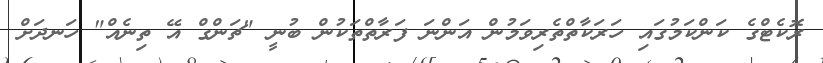
ރޮކެޓްގެ ކަންކަމުގައި ހަރަކާތްތެރިވަމުން އަންނަ ފަރާތްތަކުން ބުނީ "ޗަންގް އޭ ތިނެއް" ހަނދަށް